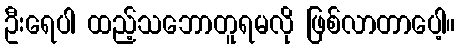
ဦးရေပါ ထည့်သဘောတူရမလို ဖြစ်လာတာပေါ့။